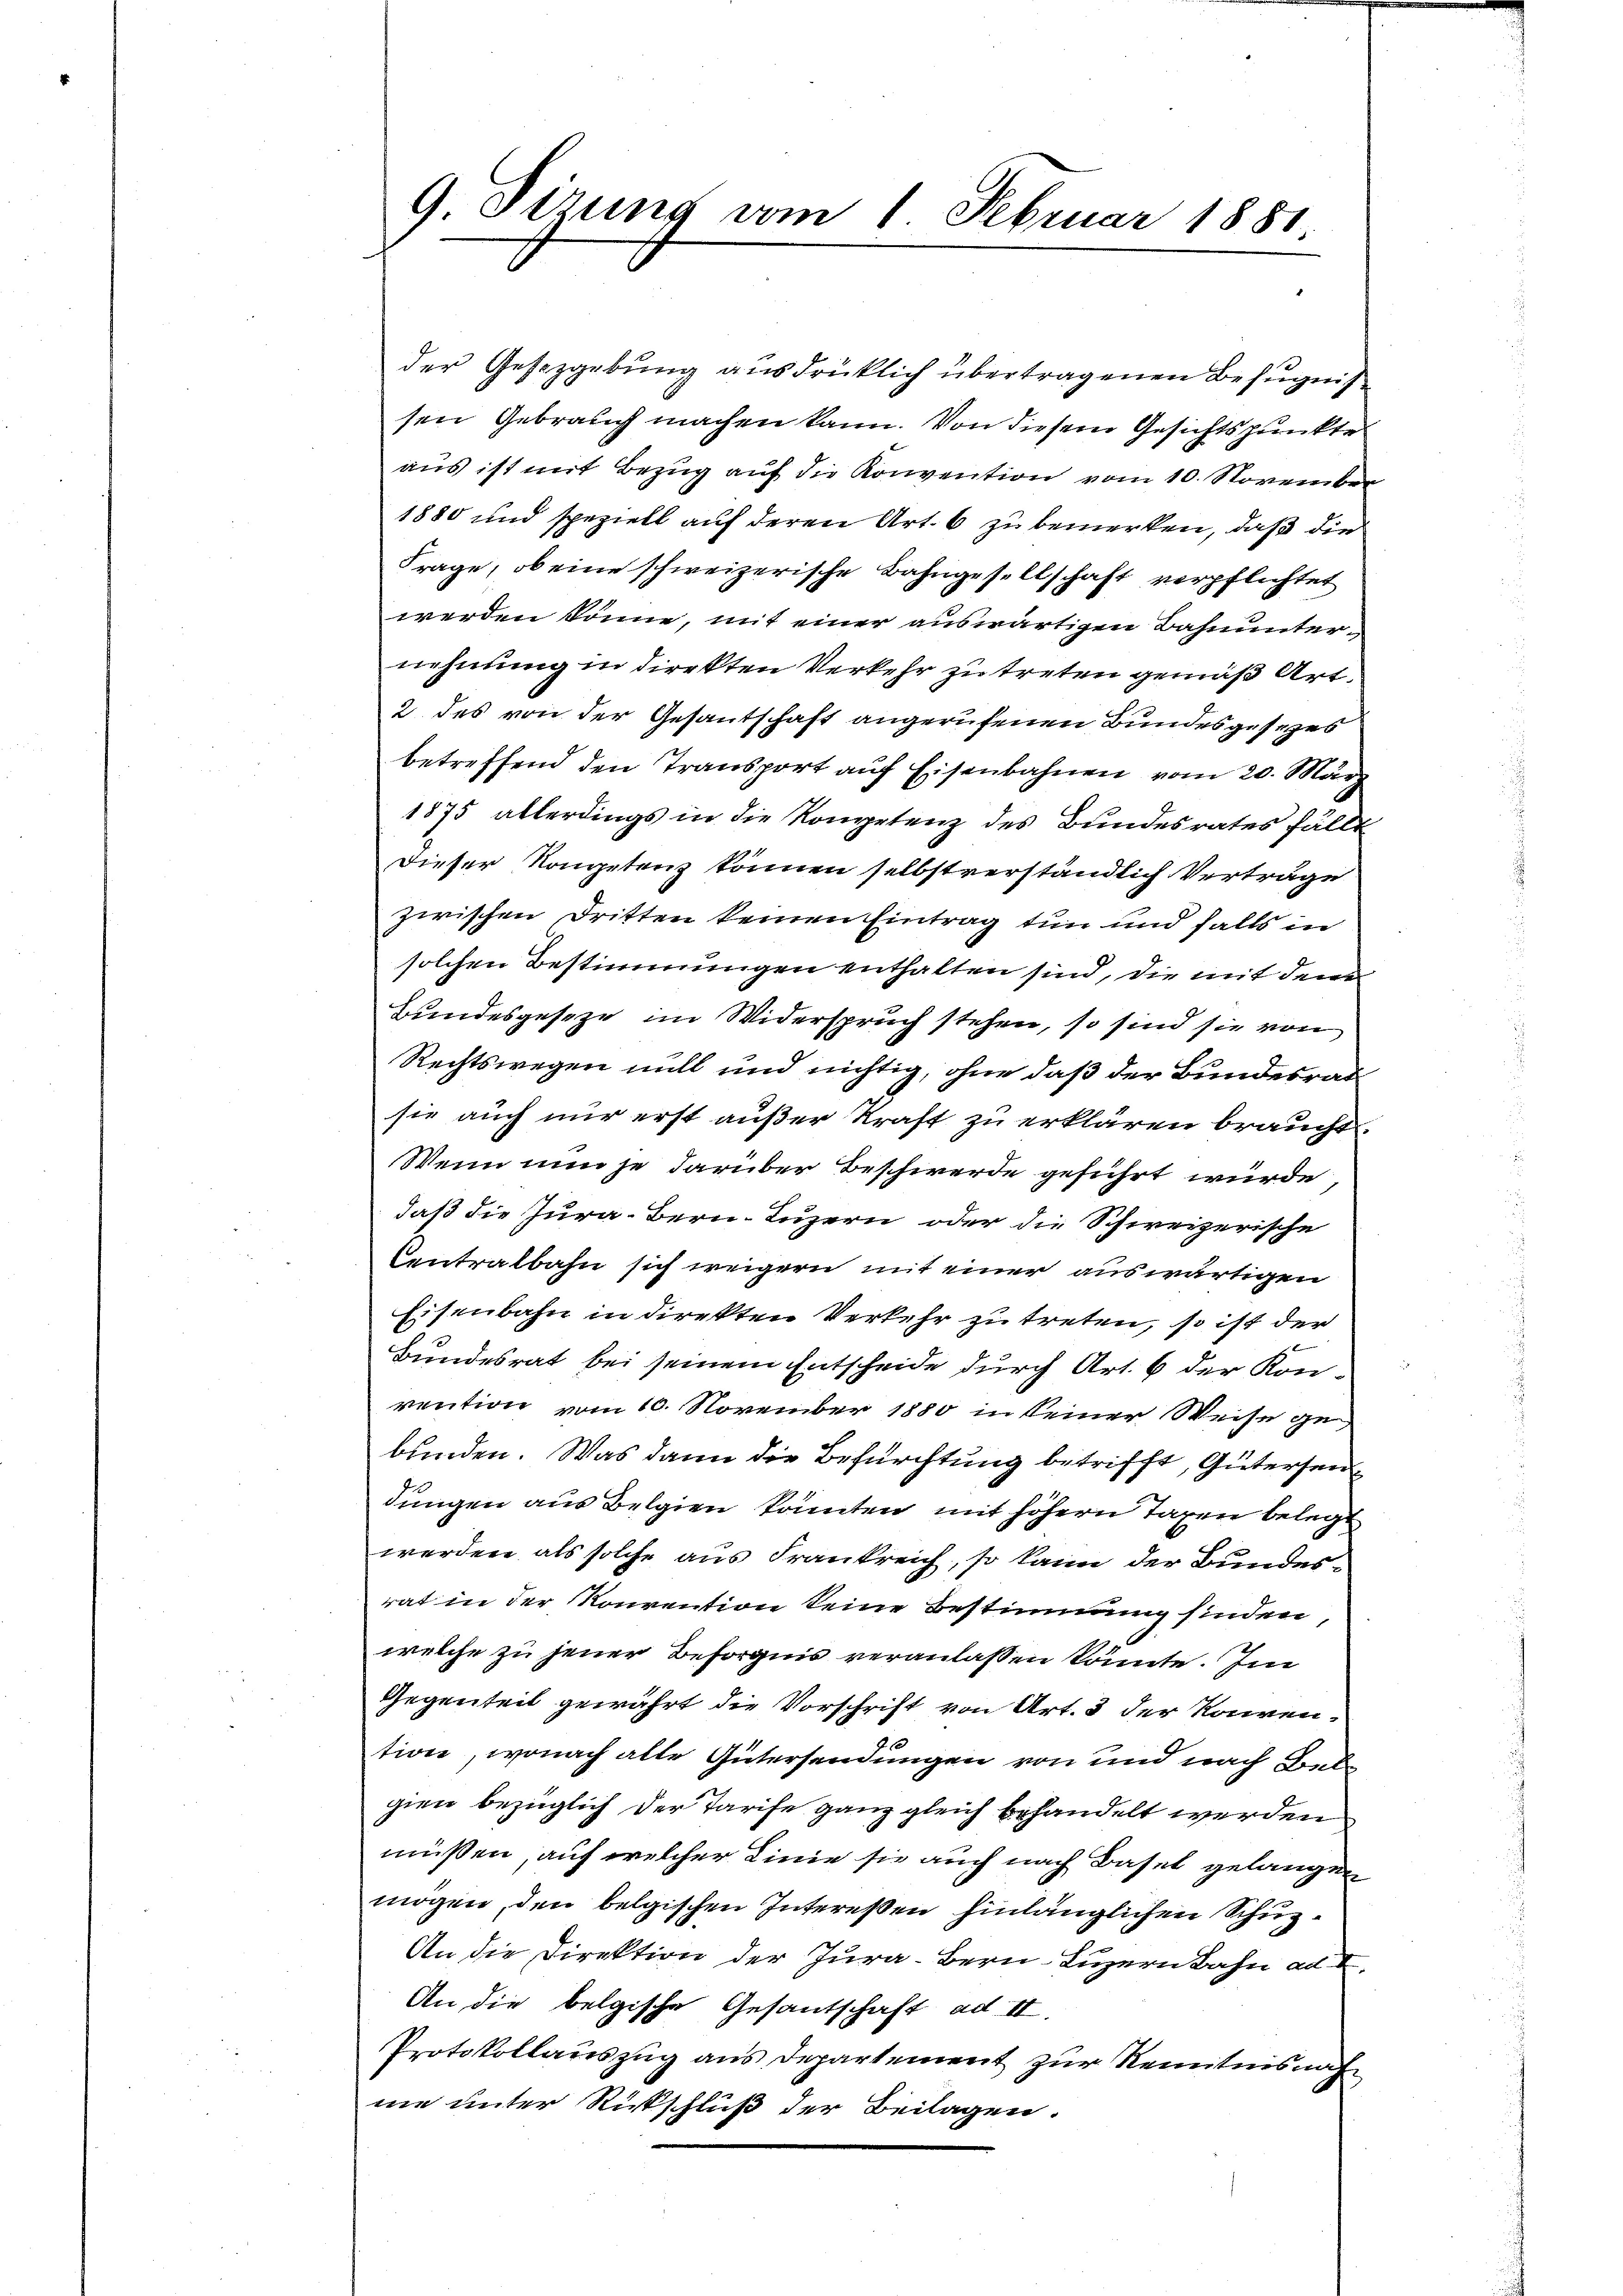
9. Sizung vom 1. Februar 1881.

der Gesetzgebung ausdrücklich übertragenen Befugnis
sen Gebrauch machen kann. Von diesem Gesichtspunkte
aus ist mit Bezug auf die Konvention vom 10. November
1880 und speziell auf deren Art. 6 zu bemerken, daß die
Frage, ob eine schweizerische Bahngesellschaft verpflichtet
werden könne, mit einer auswärtigen Bahnunternehmung in direkten Verkehr zu treten gemäß Art.
2 des von der Gesandschaft angerufenen Bundesgesezes
betreffend den Transport auf Eisenbahnen vom 20. März
1875 allerdings in die Kompetenz des Bundesrates fällt
Dieser Kongetrag können selbstverständlich Verträge
zwischen Dritten keinen Eintrag tun und falls in
solchen Bestimmungen enthalten sind, die mit den
Bundesgeseze im Widerspruch stehen, so sind sie von
Rechtswegen mitt und nichtig, ohne daß der Bundesrat
sie auch nur erst außer Kraft zu erklären braucht.
Wenn nun je darüber Beschwerde geführt würde,
daß die Jura. Bern-Luzern oder die Schweizerische
Centralbahn sich weigern mit einer auswärtigen
Eisenbahn in direkten Verkehr zu treten, so ist der
Bundesrat bei seinem Entscheide durch Art. 6 der Konvention vom 10. November 1880 in keiner Weise gebunden. Was dann die Befürchtung betrifft, Gütersendungen aus Belgien könnten mit höhern Taxen belegt
werden, als solche aus Frankreich, so kann der Bundesrat in der Konvention keine Bestimmung finden,
welche zu jener Besorgnis veranlassen könnte. Im
Gegenteil gewährt die Vorschrift von Art. 3 der Konven¬
u
tion, wonach alle Gütersendungen von und nach Gend
gien bezüglich der Tarife ganz gleich behandelt werden
müssen, auf welcher Linie sie auch nach Basel gelangen
mögen, den belgischen Intereßen hinlänglichen Schüz¬
An die Direktion der Jura. Bern, Luzern Bahn ad 1.
An die belgische Gesantschaft ad II.
Protokollauszug aus Departement zur Kenntnisnah
ne unter Rückschluß der Beilagen.